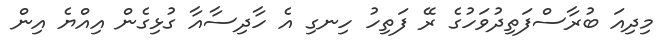
މިދިއަ ބުރާސްފަތިދުވަހުގެ ރޭ ފަތިހު ހިނގި އެ ހާދިސާއާ ގުޅިގެން އިއްޔެ އިން